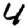
Digit: 4